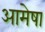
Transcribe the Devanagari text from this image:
आमेषा